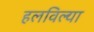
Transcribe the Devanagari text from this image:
हलविल्या